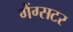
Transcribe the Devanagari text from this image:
गैंग्सटर